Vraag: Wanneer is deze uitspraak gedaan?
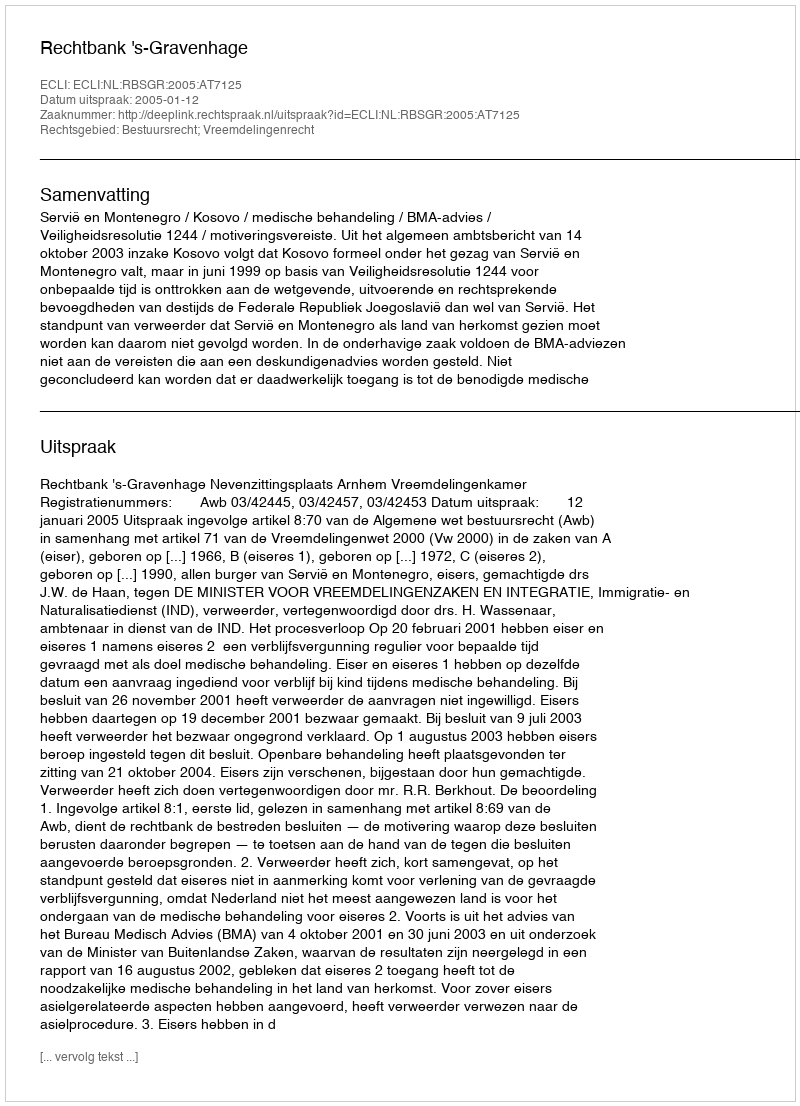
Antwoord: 2005-01-12